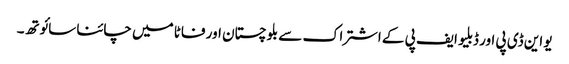
یو این ڈی پی اور ڈبلیو ایف پی کے اشتراک سے بلوچستان اور فاٹا میں چائنا سائوتھ۔